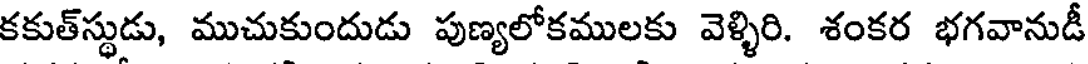
కకుత్స్థుడు, ముచుకుందుడు పుణ్యలోకములకు వెళ్ళిరి. శంకర భగవానుడీ